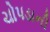
ચોપડાની